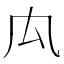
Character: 𠘯